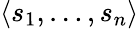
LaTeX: \langle s_{1},\ldots,s_{n}\rangle